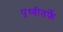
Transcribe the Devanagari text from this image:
पृथ्वीतर्फे